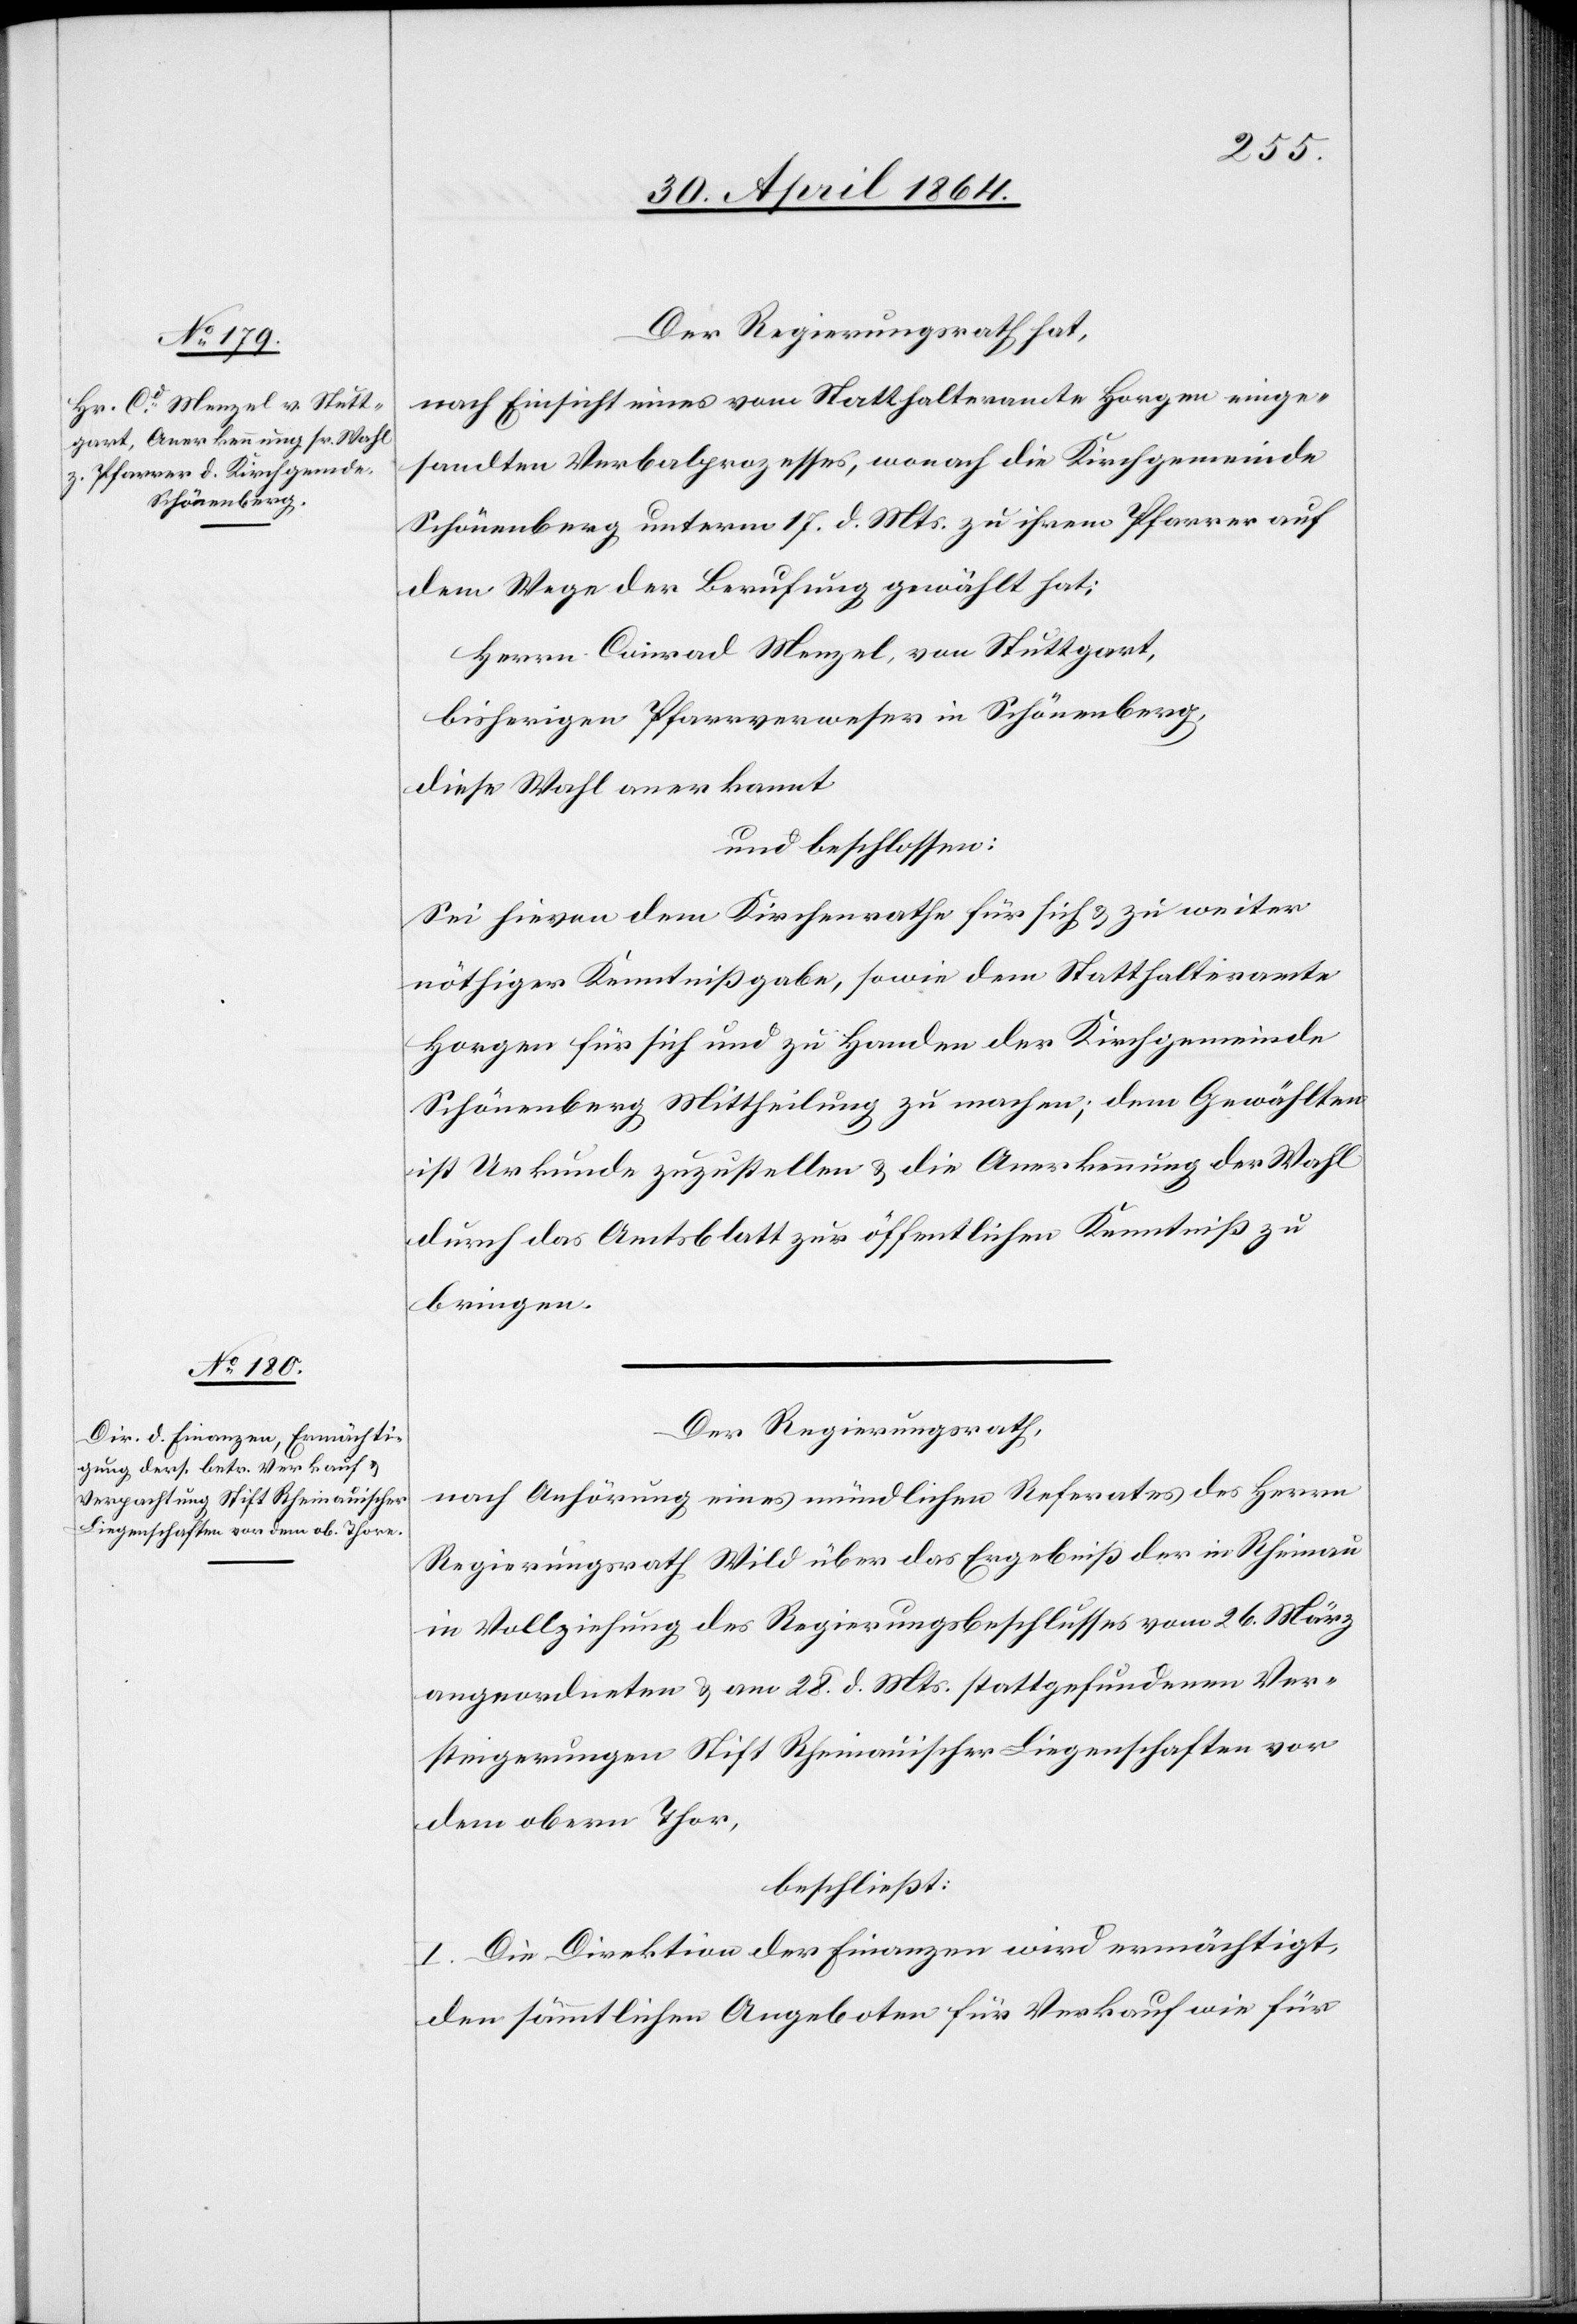
Der Regierungsrath hat,
nach Einsicht eines vom Statthalteramte Horgen einge¬
sandten Verbalprozesses, wonach die Kirchgemeinde
Schönenberg unterm 17. d. Mts. zu ihrem Pfarrer auf
dem Wege der Berufung gewählt hat:
Herrn Conrad Menzel, von Stuttgart,
bisherigen Pfarrverweser in Schönenberg,
diese Wahl anerkannt
und beschlossen:
Sei hievon dem Kirchenrathe für sich z. zu weiter
nöthiger Kenntnißgabe, sowie dem Statthalteramte
Horgen für sich und zu Handen der Kirchgemeinde
Schönenberg Mittheilung zu machen; dem Gewählten
ist Urkunde zuzustellen u. die Anerkennung der Wahl
durch das Amtsblatt zur öffentlichen Kenntniß zu
bringen.
Der Regierungsrath,
nach Anhörung eines mündlichen Referates des Herrn
Regierungsrath Wild über das Ergebnis der in Rheinau
in Vollziehung des Regierungsbeschlusses vom 26. März
angeordneten u. am 28. d. Mts. stattgefundenen Ver¬
steigerungen Stift Rheinauischer Liegenschaften vor
dem obern Thor,
beschließt:
I. Die Direktion der Finanzen wird ermächtigt,
den sämmtlichen Angeboten für Verkauf wie für